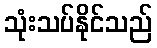
သုံးသပ်နိုင်သည်